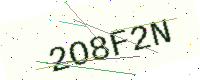
Text: 2O8F2N